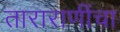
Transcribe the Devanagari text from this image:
ताराराणींचा